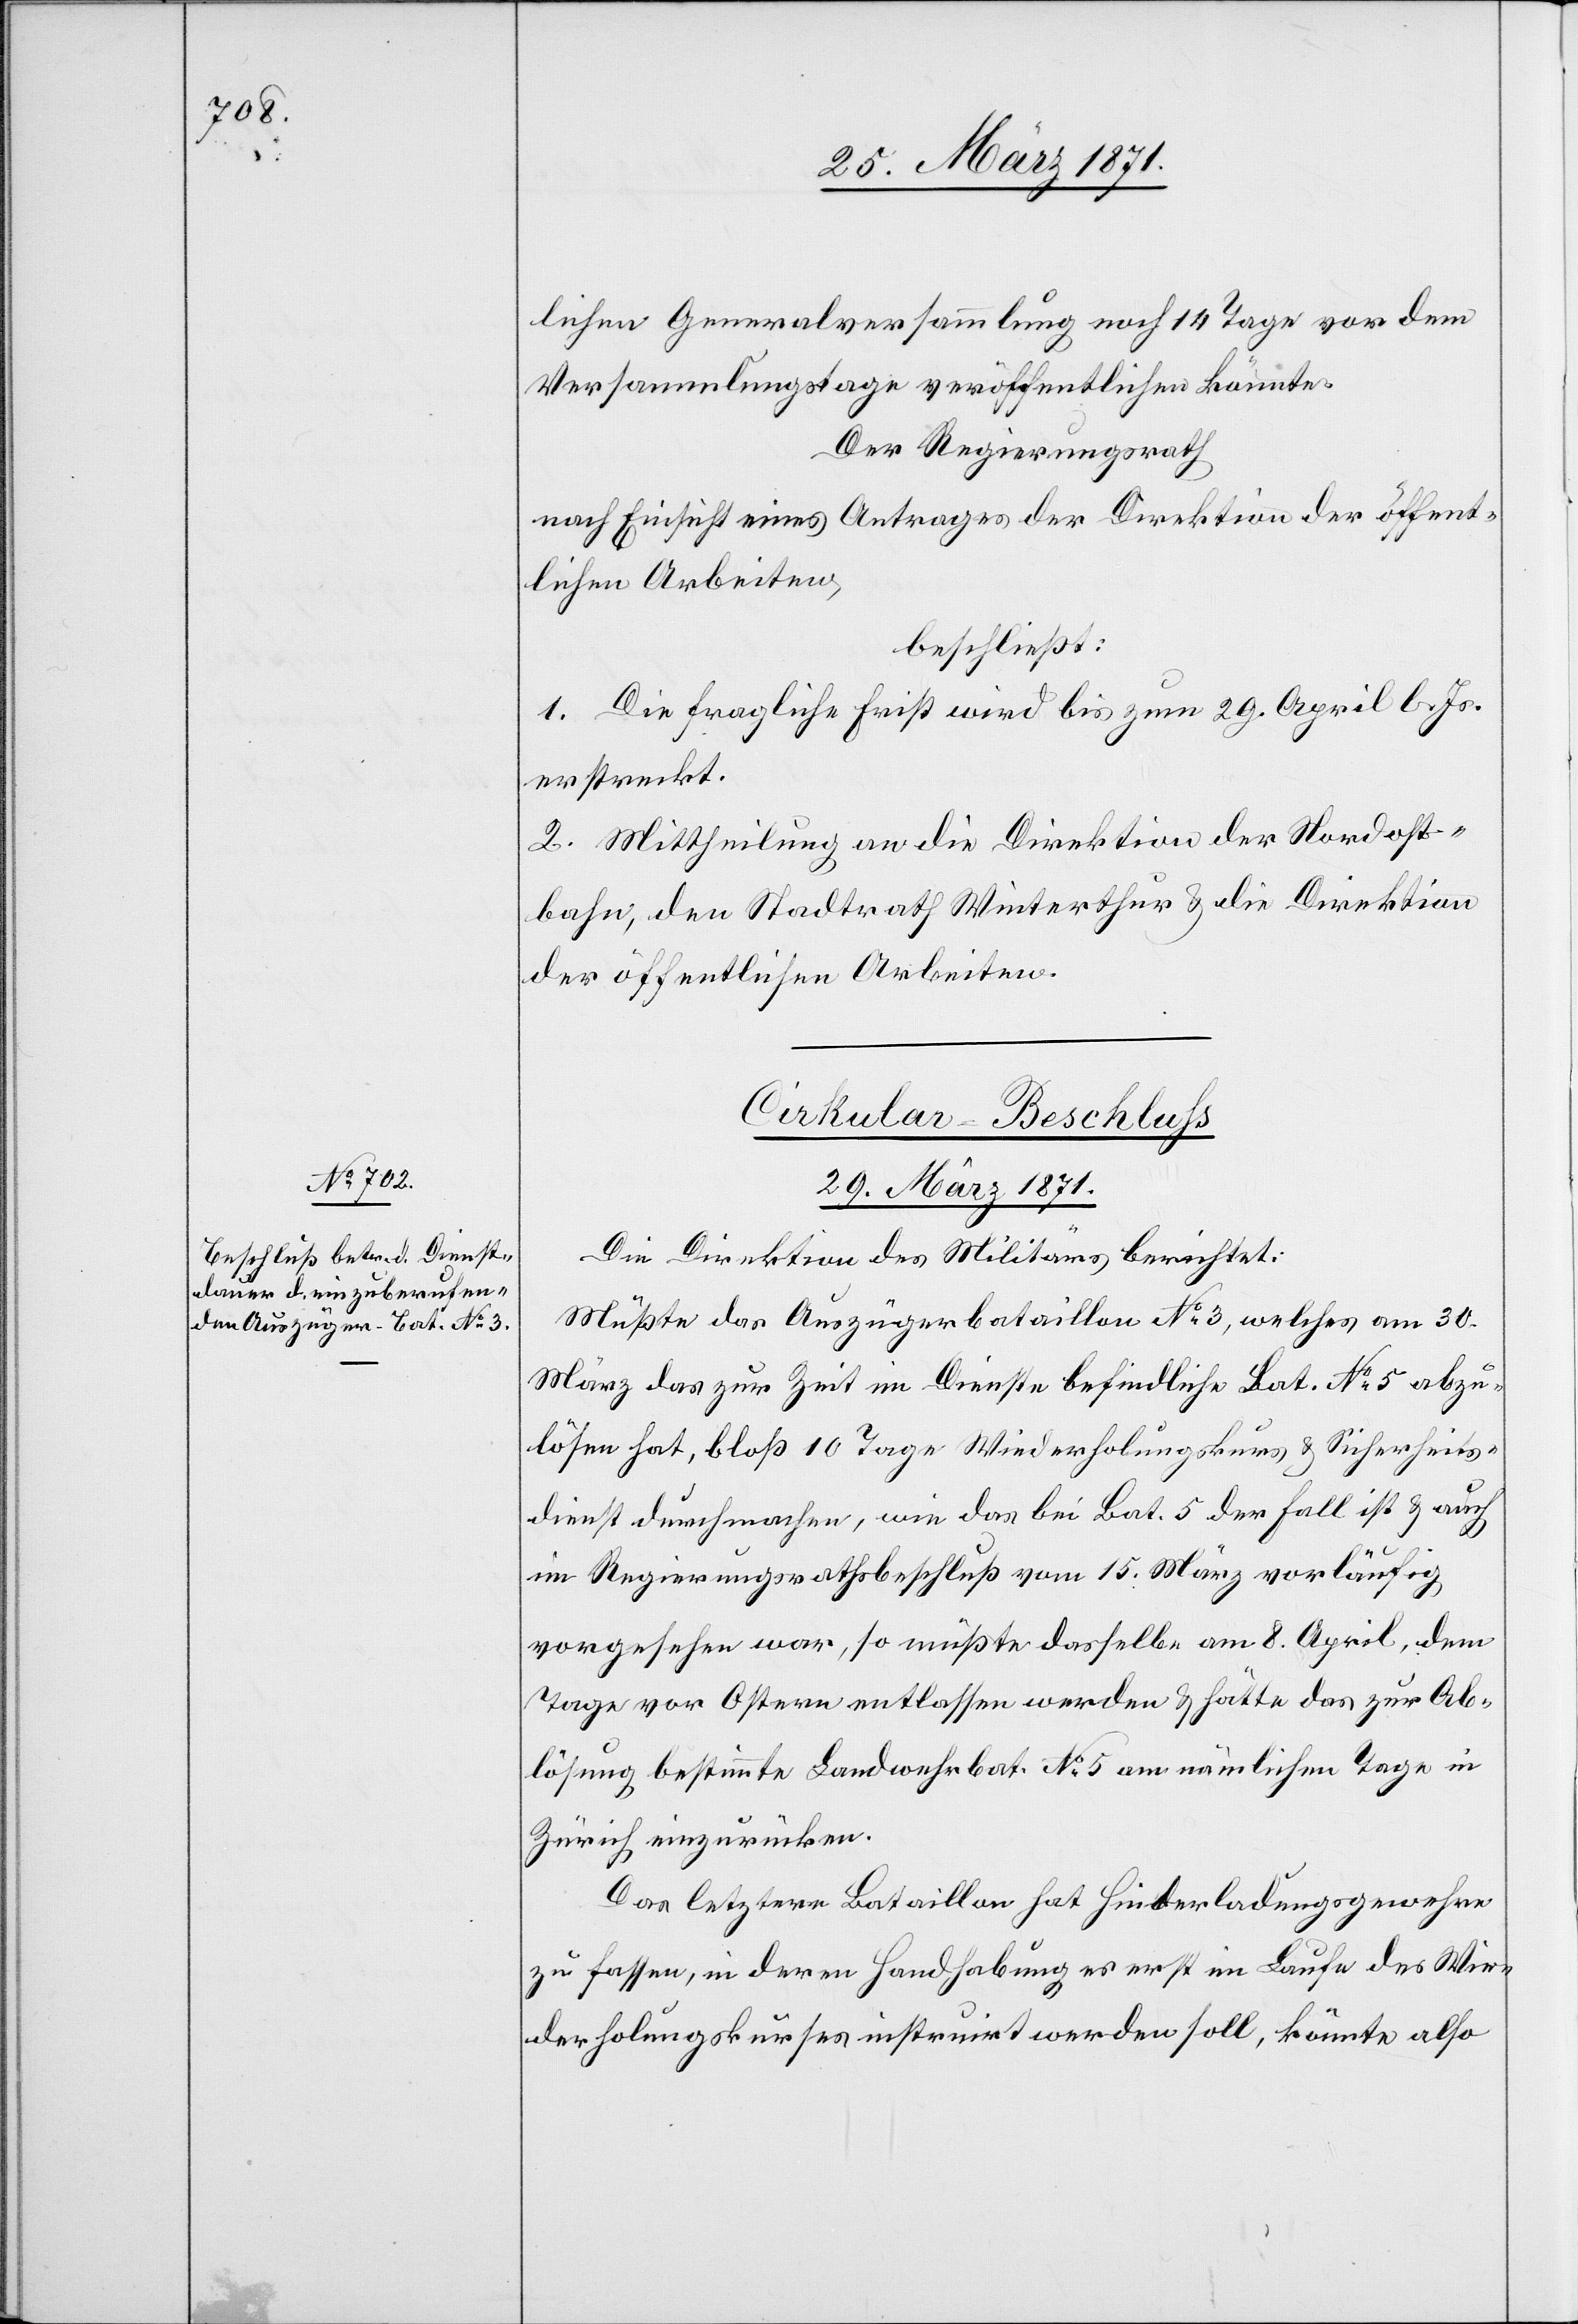
lichen Generalversammlung noch 14 Tag vor dem
Versammlungstage veröffentlichen könnte.
Der Regierungsrath
nach Einsicht eines Antrages der Direktion der öffent¬
lichen Arbeiten,
beschließt:
1. Die fragliche Frist wird bis zum 29. April l. Js.
erstreckt.
2. Mittheilung an die Direktion der Nordost¬
bahn, den Stadtrath Winterthur u. die Direktion
der öffentlichen Arbeiten.
[Cirkular-Beschluß]
29. März 1871.
Die Direktion des Militärs berichtet:
Müßte das Auszügerbataillon No. 3, welches am 30.
März das zur Zeit im Dienste befindliche Bat. No. 5 abzu¬
lösen hat, bloß 10 Tage Wiederholungskurs u. Sicherheits¬
dienst durchmachen, wie das bei Bat. 5 der Fall ist u. auch
im Regierungsrathsbeschluß vom 15. März vorläufig
vorgesehen war, so müßte dasselbe am 8. April, dem
Tage vor Ostern entlassen werden u. hätte das zur Ab¬
lösung bestimmte Landwehrbat. No. 5 am nämlichen Tage in
Zürich einzurücken.
Das letztere Bataillon hat Hinterladungsgewehre
zu fassen, in deren Handhabung es erst im Laufe des Wie¬
derholungskurses instruirt werden soll, könnte also